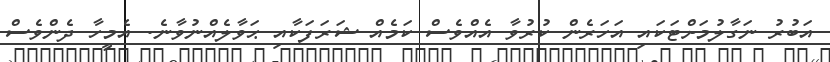
އަބުރު ނަގާލުމަށްޓަކައި އަހަރެން ކުރުވާ އެއްވެސް ކަމެއް ޝަރަފަކާއި ޙަވާލެއްނުވާނެ. އެމީހާ ދެންވެސް